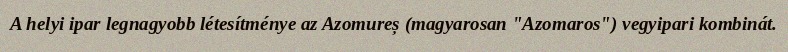
A helyi ipar legnagyobb létesítménye az Azomureș (magyarosan "Azomaros") vegyipari kombinát.